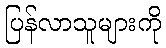
ပြန်လာသူများကို